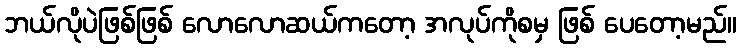
ဘယ်လိုပဲဖြစ်ဖြစ် လောလောဆယ်ကတော့ အလုပ်ကိုစမှ ဖြစ် ပေတော့မည်။